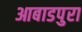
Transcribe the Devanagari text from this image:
आबाडपुरा